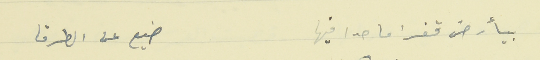
بيأرض قفر قفرا ما حدا فيها                     ضيع عن الطرقا